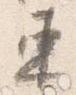
束